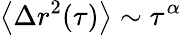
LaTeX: \left\langle\Delta r^{2}(\tau)\right\rangle\sim\tau^{\alpha}